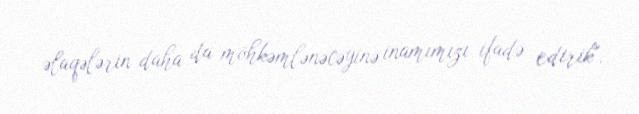
əlaqələrin daha da möhkəmlənəcəyinə inamımızı ifadə edirik".